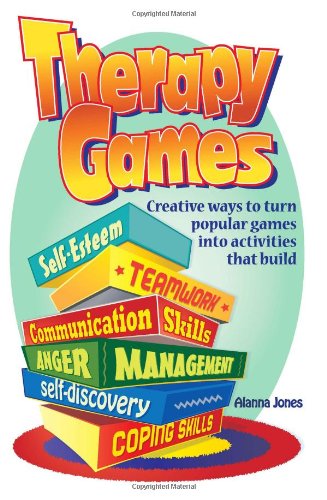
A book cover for Therapy Games: Creative Ways to Turn Popular Games Into Activities That Build Self-Esteem, Teamwork, Communication Skills, Anger Management, Self-Discovery, and Coping Skills; Alanna Jones; Education & Teaching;